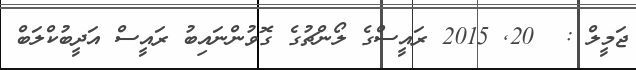
ޖަމީލް :  20